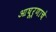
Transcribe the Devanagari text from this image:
आघूर्णाचे